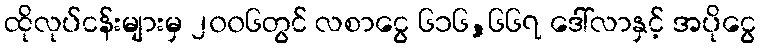
ထိုလုပ်ငန်းများမှ ၂၀၀၆တွင် လစာငွေ ၆၁၆,၆၆၇ ဒေါ်လာနှင့် အပိုငွေ